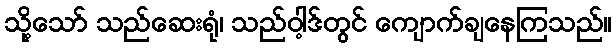
သို့သော် သည်ဆေးရုံ၊ သည်ဝါ့ဒ်တွင် ကျောက်ချနေကြသည်။